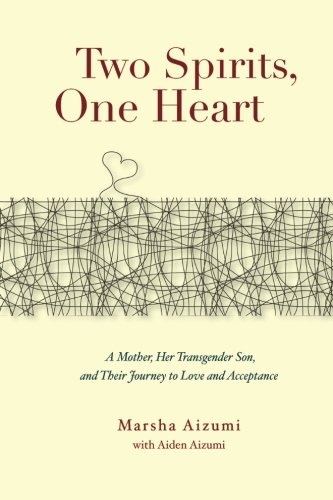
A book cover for Two Spirits, One Heart: A Mother, Her Transgender Son, and Their Journey to Love and Acceptance; Marsha Aizumi; Gay & Lesbian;